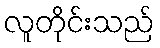
လူတိုင်းသည်